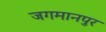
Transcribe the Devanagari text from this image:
जगमानपुर